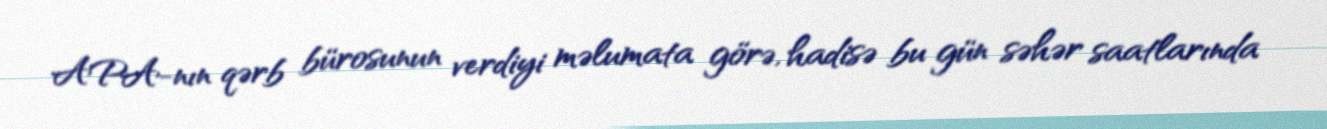
APA-nın qərb bürosunun verdiyi məlumata görə, hadisə bu gün səhər saatlarında